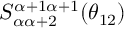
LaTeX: S _ { \alpha \alpha + 2 } ^ { \alpha + 1 \alpha + 1 } ( \theta _ { 1 2 } )